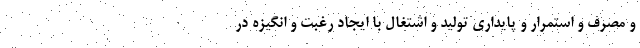
و مصرف و استمرار و پایداری تولید و اشتغال با ایجاد رغبت و انگیزه در